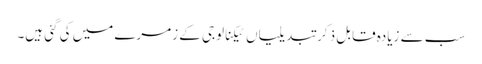
سب سے زیادہ قابل ذکر تبدیلیاں ٹیکنالوجی کے زمرے میں کی گئی ہیں۔